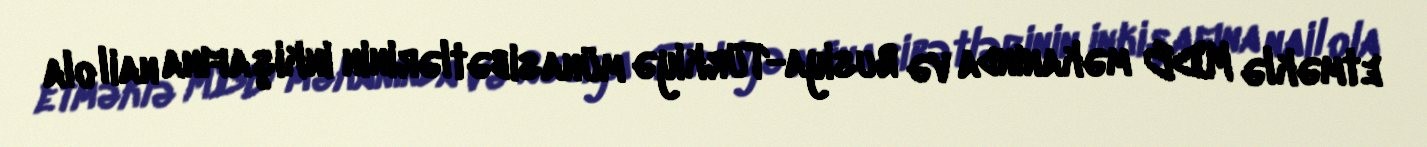
etməklə MDB məkanında və Rusiya-Türkiyə münasibətlərinin inkişafına nail ola